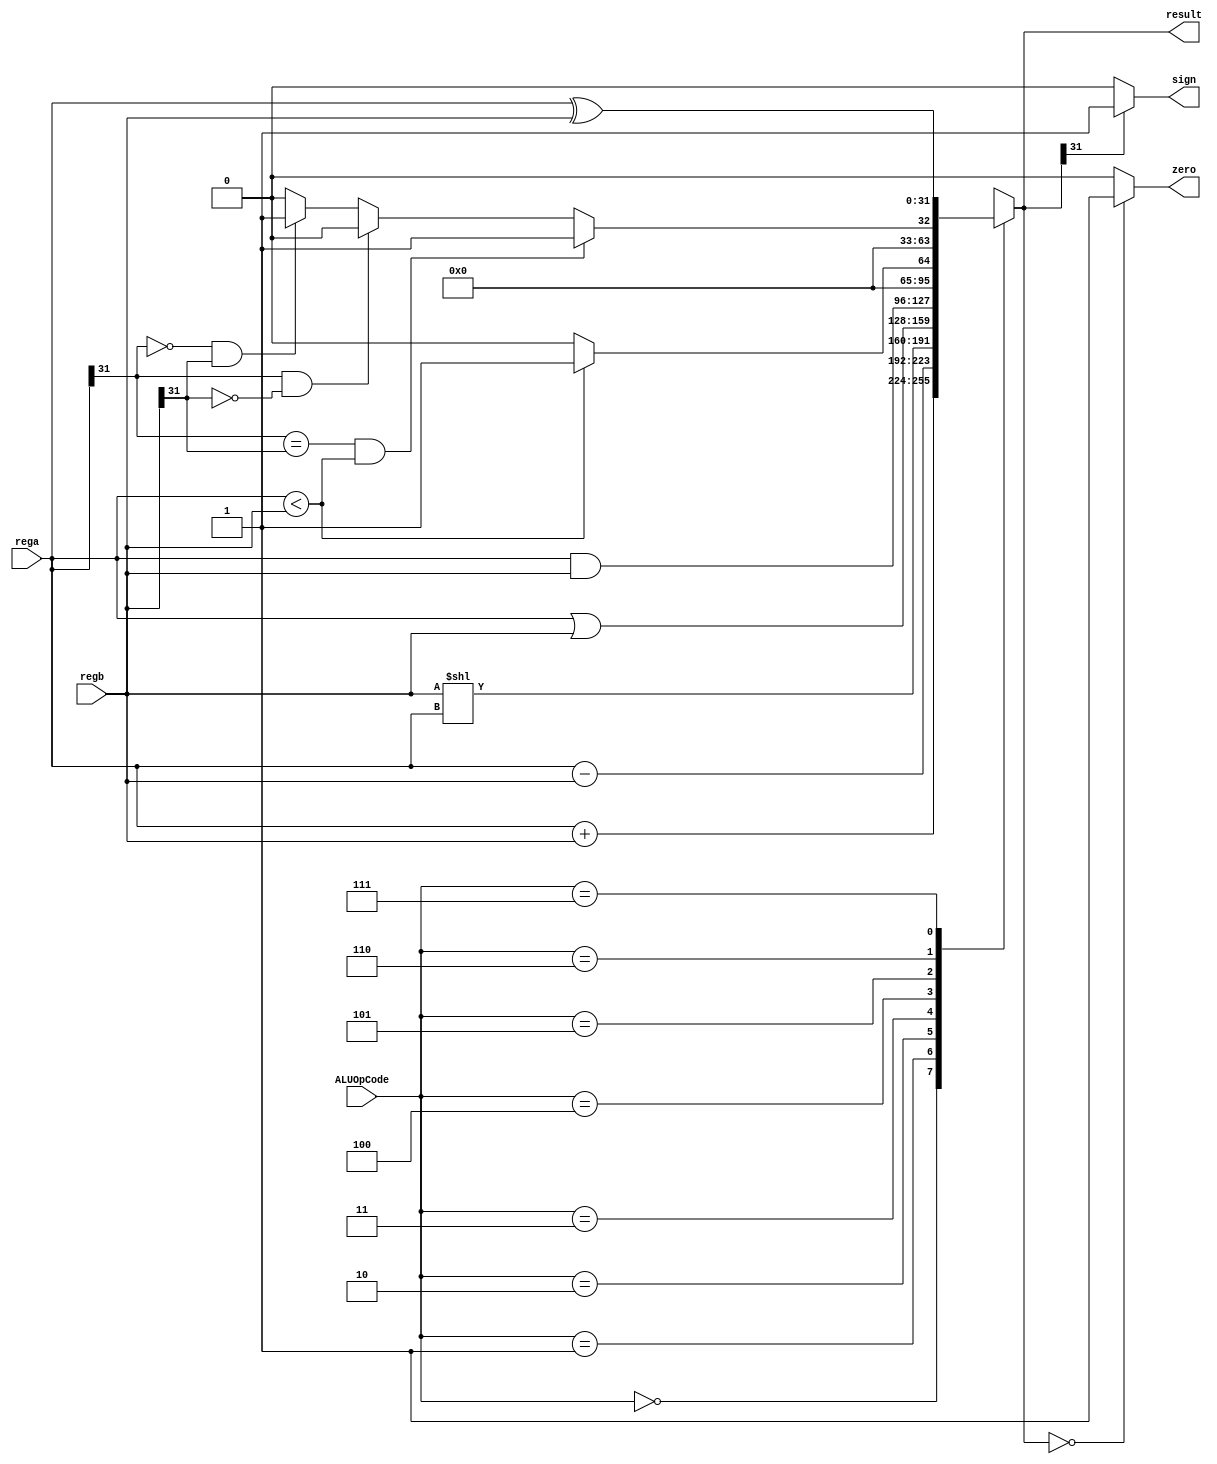
module ALU(
    input [2:0] ALUOpCode,
    input [31:0] rega,// A
    input [31:0] regb,// B
    
    output reg [31:0] result,
    output zero,
    output sign
    );
    
    assign zero = result == 0 ? 1 : 0;
    assign sign = result[31] == 0 ? 0 : 1;

    always @(ALUOpCode or rega or regb) begin
        case (ALUOpCode)
            3'b000: result = rega + regb; // A + B
            3'b001: result = rega - regb; // A - B
            3'b010: result = regb << rega; // B << A
            3'b011: result = rega | regb; // A || B
            3'b100: result = rega & regb; // A && B
            3'b101: result = rega < regb ? 1 : 0; // compare without sign
            3'b110: begin
                        if(rega[31] == regb[31] && rega < regb) result = 1;
                        else if(rega[31] == 1 && regb[31] == 0) result = 0;
                        else if(rega[31] == 0 && regb[31] == 1) result = 1;
                        else result = 0;
                     end
            3'b111: result = rega ^ regb;
            default: begin
                        result = 8'h00000000;
                        $display("no match");
                     end
        endcase
    end
endmodule